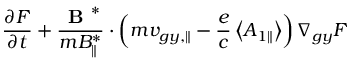
\frac { \partial F } { \partial t } + \frac { \textbf { B } ^ { * } } { m { B } _ { \parallel } ^ { * } } \boldsymbol { \cdot } \left( m v _ { g y , \parallel } - \frac { e } { c } \left\langle { A } _ { 1 \parallel } \right\rangle \right) \nabla _ { g y } F \,